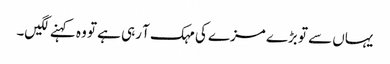
یہاں سے تو بڑے مزے کی مہک آ رہی ہے تو وہ کہنے لگیں۔